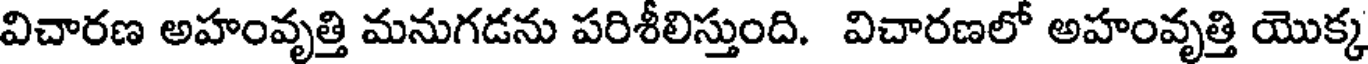
విచారణ అహంవృత్తి మనుగడను పరిశీలిస్తుంది. విచారణలో అహంవృత్తి యొక్క